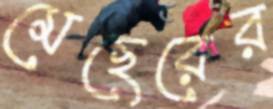
মেছেরের